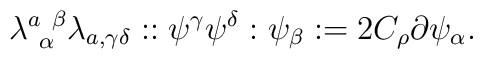
\lambda^{a~\beta}_{~\alpha} \lambda_{a,\gamma \delta} ::\psi^{\gamma}    \psi^{\delta}: \psi_{\beta}: = 2 C_{\rho} \partial\psi_{\alpha}.